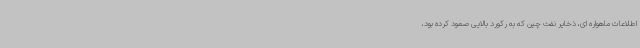
اطلاعات ماهواره ای، ذخایر نفت چین که به رکورد بالایی صعود کرده بود،